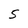
Character: 5